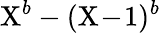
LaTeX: \mathrm{X}^{b}-(\mathrm{X}\! -\! 1)^{b}